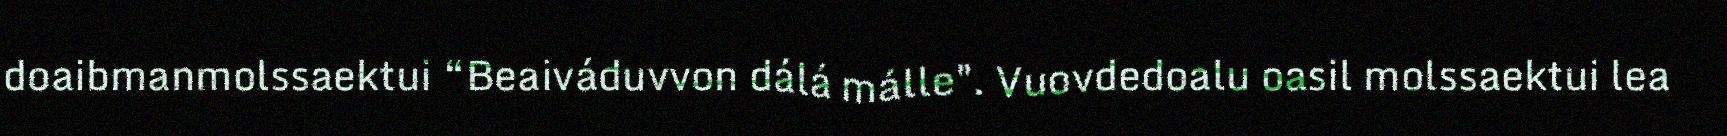
doaibmanmolssaektui “Beaiváduvvon dálá málle". Vuovdedoalu oasil molssaektui lea